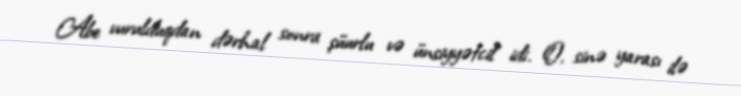
Abe vurulduqdan dərhal sonra şüurlu və ünsiyyətcil idi. O, sinə yarası ilə